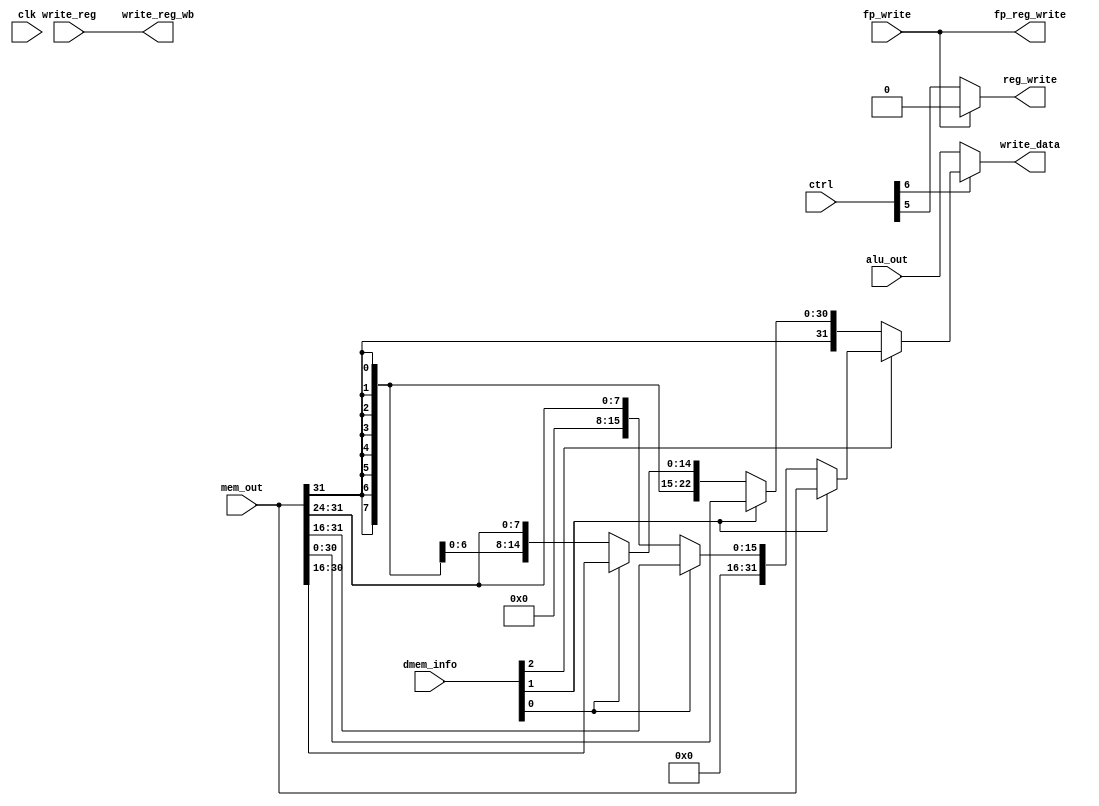
`timescale 1ns / 1ps

module write_back (input clk, input [0:8] ctrl, input [0:31] mem_out, input [0:31] alu_out, input [0:2] dmem_info, input [0:4] write_reg, input fp_write,
    output [0:31] write_data, output[0:4] write_reg_wb, output reg_write, output fp_reg_write);  
   

    assign fp_reg_write = fp_write;
    assign reg_write = (!fp_write) ? ctrl[3] : 0;
    assign write_reg_wb = write_reg; 
    assign write_data = ctrl[2] ?
                        dmem_info[0] ?
                            dmem_info[1] ?
                                mem_out //should actually load fp's which we're ignoring
                                : dmem_info[2] ?
                                    {{16{1'b0}}, mem_out[0:15]}
                                    : {{24{1'b0}}, mem_out[0:7]}
                            : dmem_info[1] ?
                                mem_out
                                : dmem_info[2] ?
                                    {{16{mem_out[0]}}, mem_out[0:15]}
                                    : {{24{mem_out[0]}}, mem_out[0:7]}
                        : alu_out;                            
    

endmodule